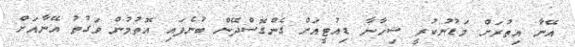
އޭނާ އިތުރަށް މަޑުނުކުރީ ޝިހާނާ ޑިއުޓީއަށް ގެންގޮސްދޭން ބުނެފައި އޮތުމުން ވަގުތު އޭނާއަށް